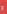
و